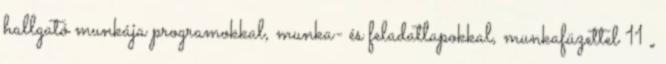
hallgató munkája programokkal, munka- és feladatlapokkal, munkafüzettel 11 „